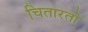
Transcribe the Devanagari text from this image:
चितारतो